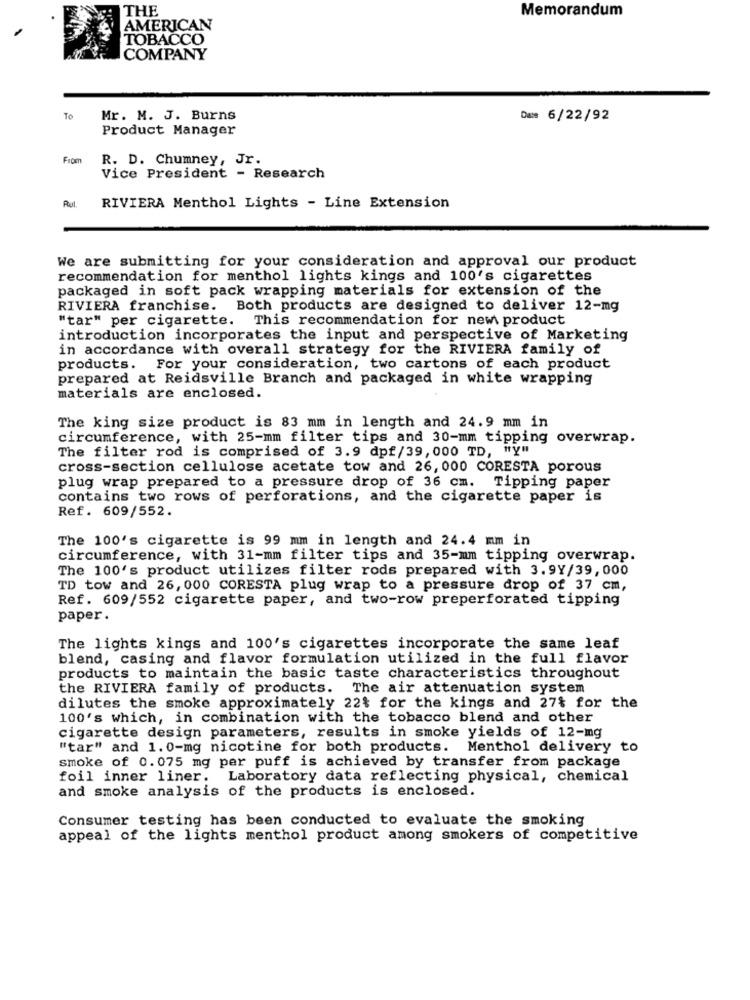
THE
Memorandum
AMERICAN
TOBACCO
COMPANY
To
Mr. M. J. Burns
Das 6/22/92
Product Manager
From
R. D. Chumney, Jr.
Vice President - Research
Rul.
RIVIERA Menthol Lights - Line Extension
We are submitting for your consideration and approval our product
recommendation for menthol lights kings and 100's cigarettes
packaged in soft pack wrapping materials for extension of the
RIVIERA franchise. Both products are designed to deliver 12-mg
"tar" per cigarette. This recommendation for new product
introduction incorporates the input and perspective of Marketing
in accordance with overall strategy for the RIVIERA family of
products. For your consideration, two cartons of each product
prepared at Reidsville Branch and packaged in white wrapping
materials are enclosed.
The king size product is 83 mm in length and 24.9 mm in
circumference, with 25-mm filter tips and 30-mm tipping overwrap.
The filter rod is comprised of 3.9 dpf/39, 000 TD, "y"
cross-section cellulose acetate tow and 26, 000 CORESTA porous
plug wrap prepared to a pressure drop of 36 cm. Tipping paper
contains two rows of perforations, and the cigarette paper is
Ref. 609/552.
The 100's cigarette is 99 mm in length and 24.4 mm in
circumference, with 31-mm filter tips and 35-mm tipping overwrap.
The 100's product utilizes filter rods prepared with 3.9Y/39,000
TD tow and 26, 000 CORESTA plug wrap to a pressure drop of 37 cm,
Ref. 609/552 cigarette paper, and two-row preperforated tipping
paper.
The lights kings and 100's cigarettes incorporate the same leaf
blend, casing and flavor formulation utilized in the full flavor
products to maintain the basic taste characteristics throughout
the RIVIERA family of products. The air attenuation system
dilutes the smoke approximately 22% for the kings and 27% for the
100's which, in combination with the tobacco blend and other
cigarette design parameters, results in smoke yields of 12-mg
"tar" and 1.0-mg nicotine for both products. Menthol delivery to
smoke of 0.075 mg per puff is achieved by transfer from package
foil inner liner. Laboratory data reflecting physical, chemical
and smoke analysis of the products is enclosed.
Consumer testing has been conducted to evaluate the smoking
appeal of the lights menthol product among smokers of competitive